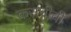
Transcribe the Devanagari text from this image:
कराचीची